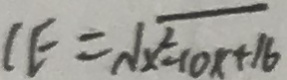
C E = \sqrt { x ^ { 2 } - 1 0 x + 1 6 }